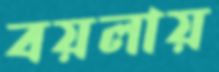
বয়লায়